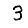
Digit: 3